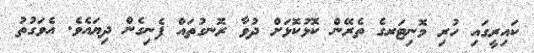
ކައިރީގައި ހުރި މޮނިޓަރގެ ތެރޭން ކޮޅުކޮޅަށް ދުވާ ރޮނގުތައް ފެނިގެން ދިޔައެވެ. އެވަގުތު